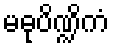
မဓုပိဏ္ဍိကံ